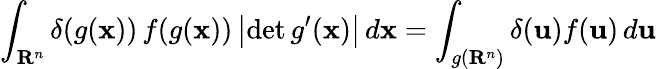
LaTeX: \int_{\mathbf{R}^{n}}\delta(g(\mathbf{x}))\, f(g(\mathbf{x}))\left|\operatorname*{det}g^{\prime}(\mathbf{x})\right|\, d\mathbf{x}=\int_{g(\mathbf{R}^{n})}\delta(\mathbf{u})f(\mathbf{u})\, d\mathbf{u}